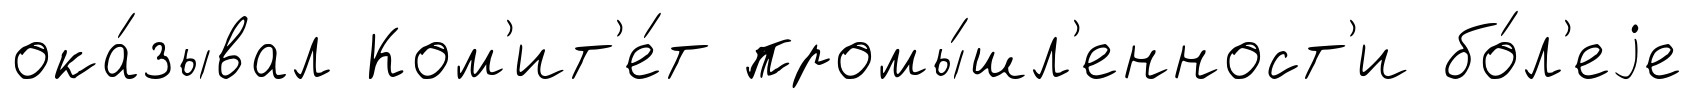
ока́зывал Ком'ит'е́т промы́шл'енност'и бо́л'еjе